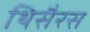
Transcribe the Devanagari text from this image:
थिसैरस